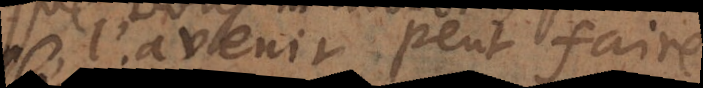
l’avenir peut faire